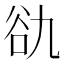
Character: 䜪